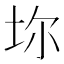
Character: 𡊑